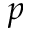
p